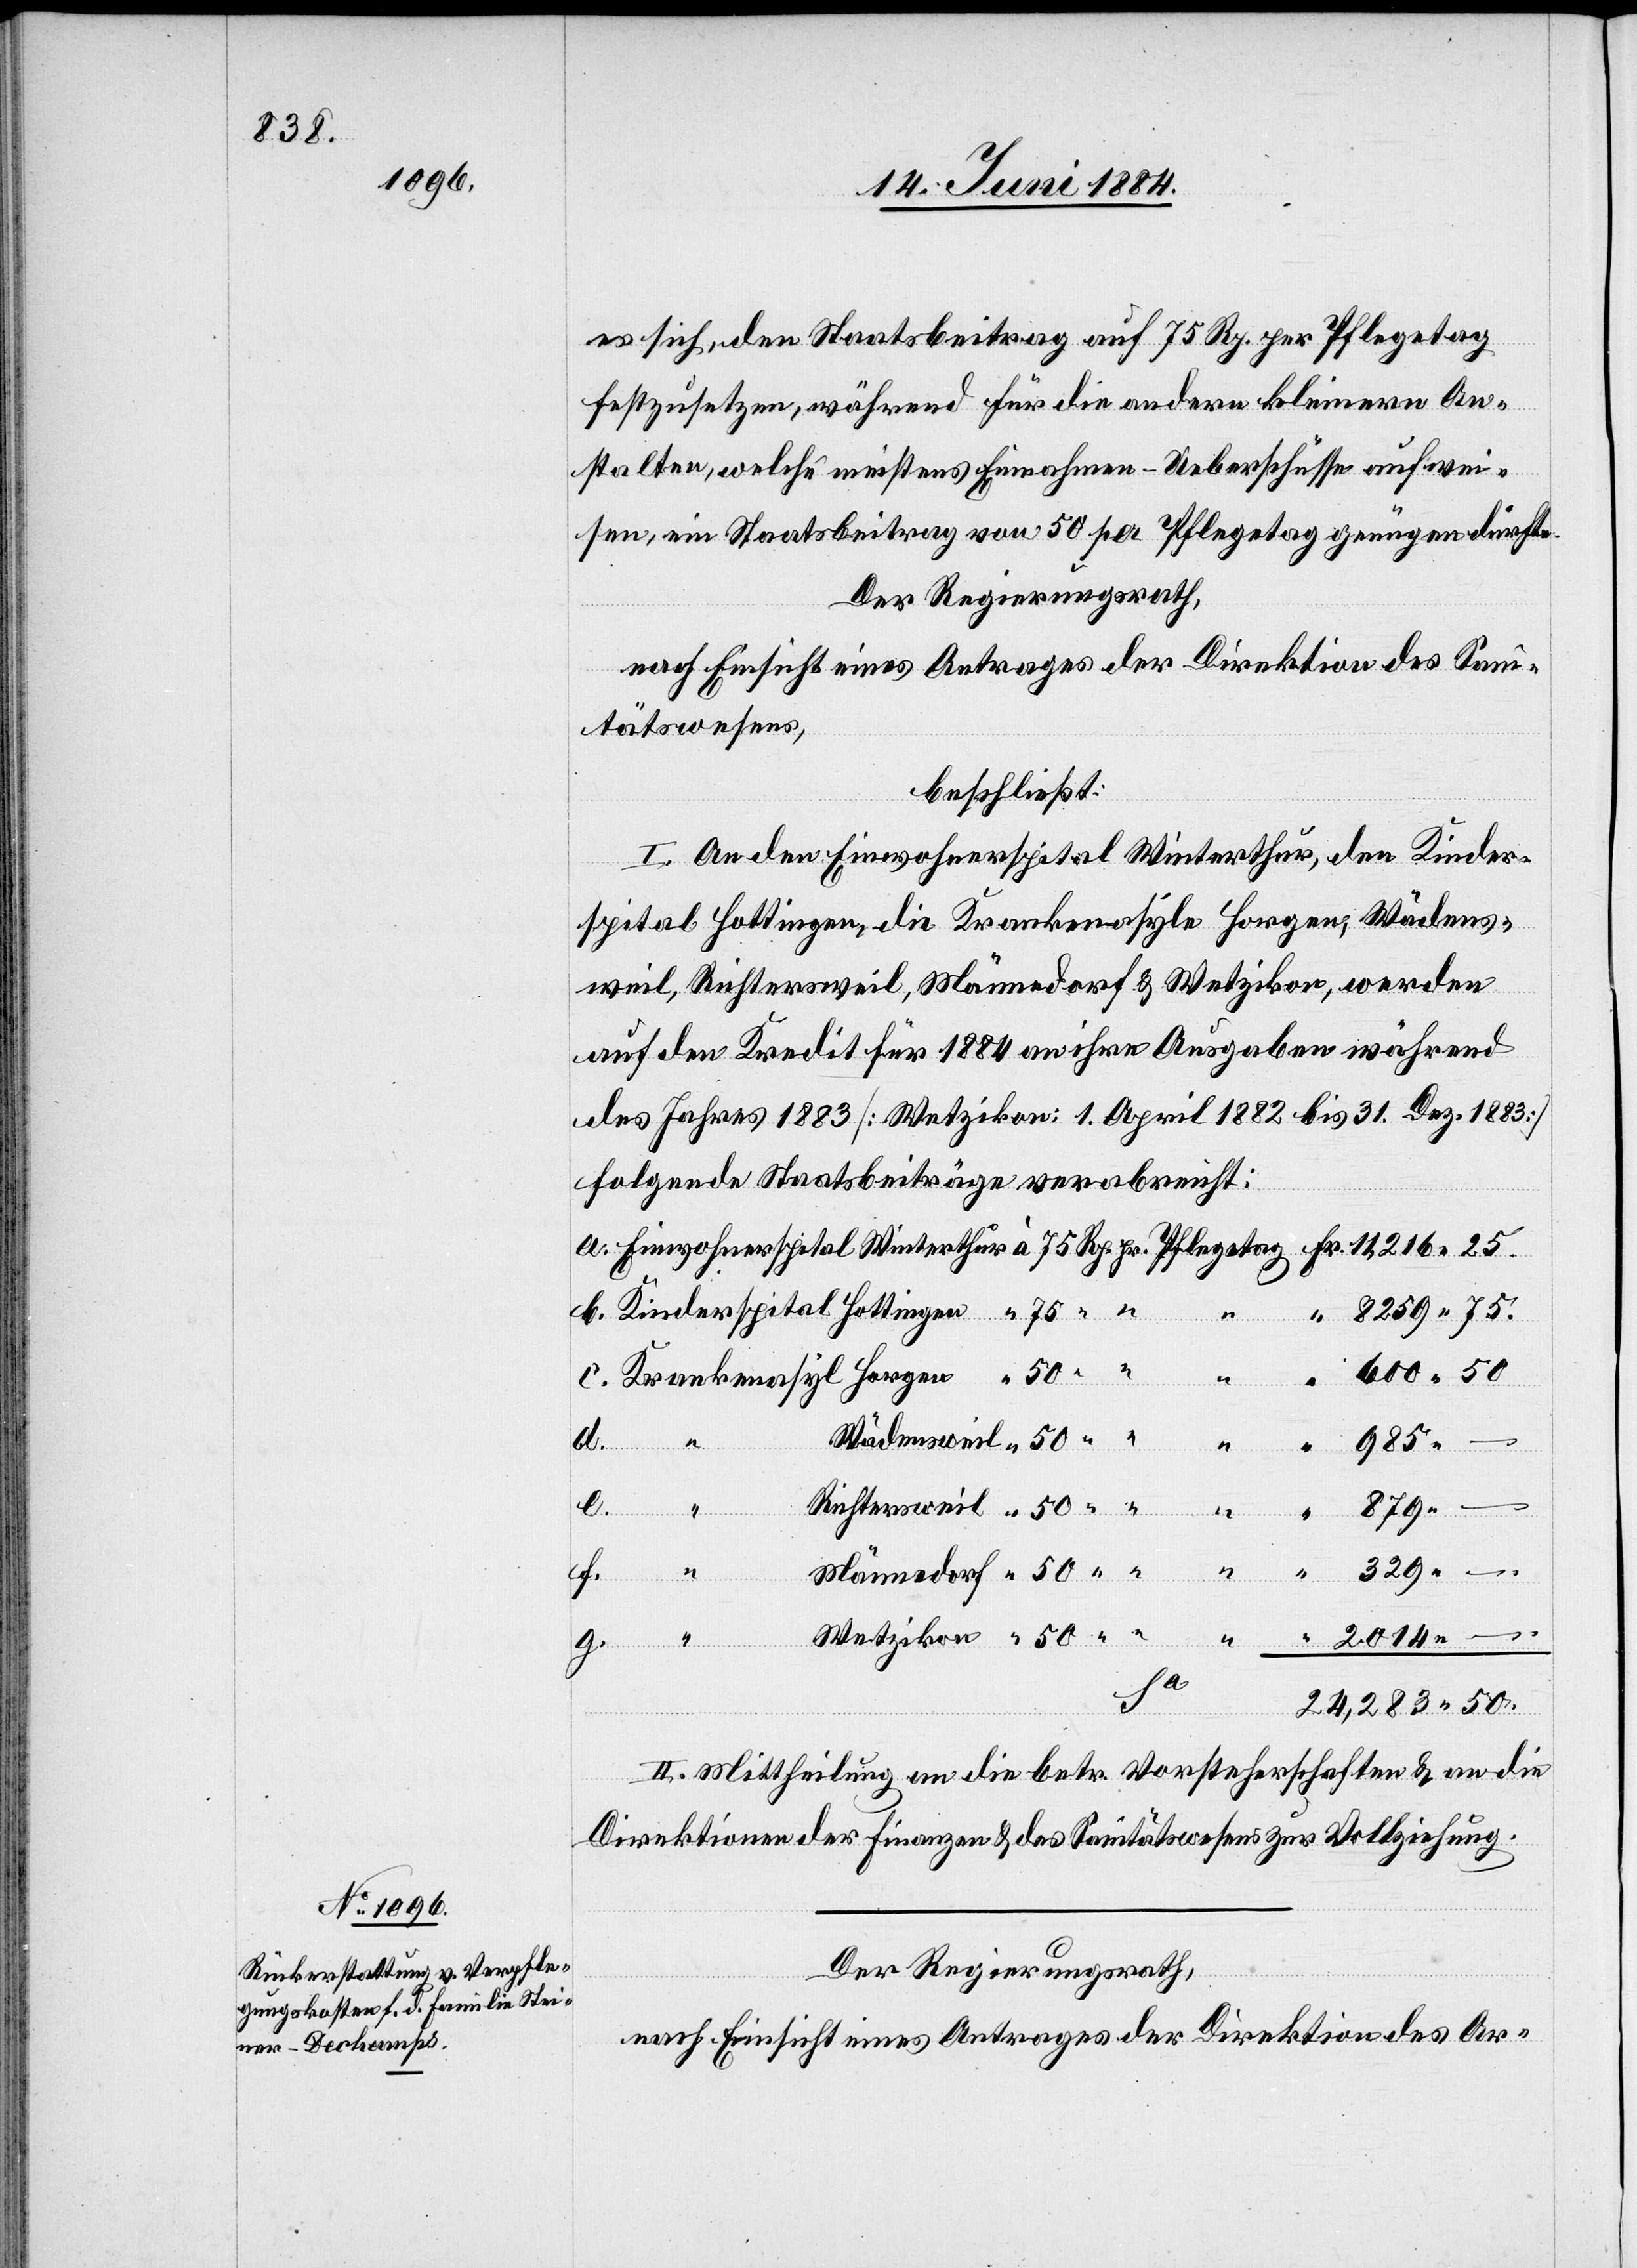
es sich, den Staatsbeitrag auf 75 Rp. per Pflegetag
festzusetzen, während für die andern kleinern An¬
stalten, welche meistens Einnahmen-Ueberschüsse aufwei¬
sen, ein Staatsbeitrag von 50 per Pflegetag genügen dürfte.
Der Regierungsrath,
nach Einsicht eines Antrages der Direktion des Sani¬
tätswesens,
beschließt:
50.
I. An den Einwohnerspital Winterthur, den Kinder¬
spital Hottingen, die Krankenasyle Horgen, Wädens¬
weil, Richtersweil, Männedorf & Wetzikon, werden
Wetzikon
auf den Kredit für 1884 an ihre Ausgaben während
des Jahres 1883 [Wetzikon: 1. April 1882 bis 31. Dez. 1883]
folgende Staatsbeiträge verabreicht:
f.
Män¬
II. Mittheilung an die betr. Vorsteherschaften & an die
Direktionen der Finanzen & des Sanitätswesens zur Vollziehung.
Der Regierungsrath,
nach Einsicht eines Antrages der Direktion des Ar-